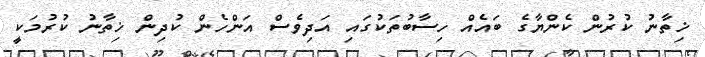
ޚިތާނު ކުރުން ކެންޔާގެ ބައެއް ހިސާބުތަކުގައި އަދިވެސް އަންހެން ކުދިން ޚިތާނު ކުރުމަކީ